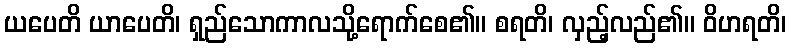
ယပေတိ ယာပေတိ၊ ရှည်သောကာလသို့ရောက်စေ၏။ စရတိ၊ လှည့်လည်၏။ ဝိဟရတိ၊